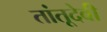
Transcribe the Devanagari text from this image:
तांतूदेवी